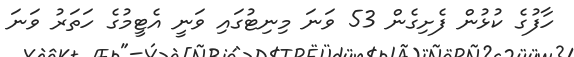
ހާފުގެ ކުޅުން ފެށިގެން 53 ވަނަ މިނިޓުގައި ވަނީ އެޓީމުގެ ހަތަރު ވަނަ